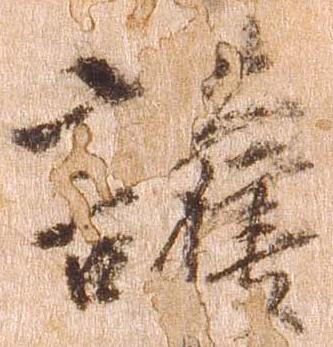
護